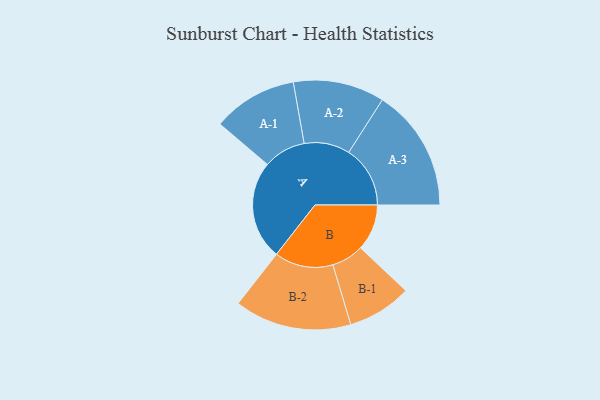
{"axis": {"x": "Segment", "y": "Value"}, "legend": ["", "A", "B"], "data": [{"x": "A", "y": 446, "type": ""}, {"x": "B", "y": 209, "type": ""}, {"x": "A-1", "y": 191, "type": "A"}, {"x": "A-2", "y": 206, "type": "A"}, {"x": "A-3", "y": 277, "type": "A"}, {"x": "B-1", "y": 145, "type": "B"}, {"x": "B-2", "y": 264, "type": "B"}]}